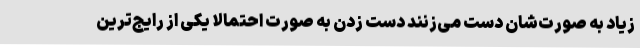
زیاد به صورت‌شان دست می‌زنند دست زدن به صورت احتمالاً یکی از رایج‌ترین